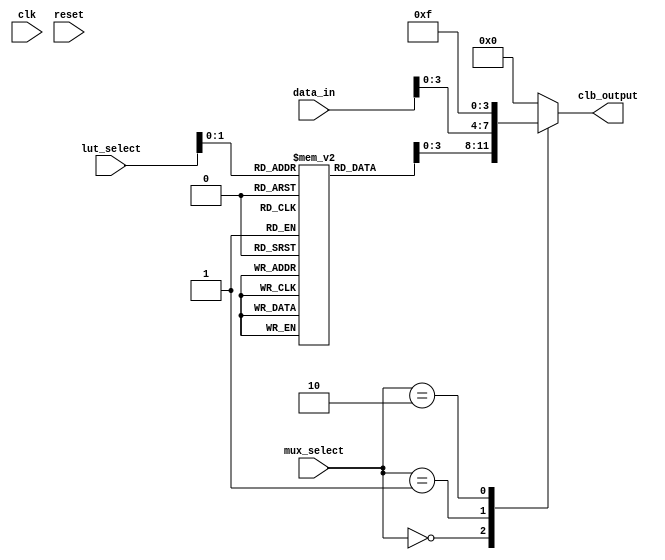
module CLB (
    input wire [7:0] data_in,         // 8-bit input data
    input wire [3:0] lut_select,      // Select which LUT to use
    input wire [3:0] mux_select,      // MUX select for output
    input wire clk,                    // Clock signal for global control
    input wire reset,                  // Reset signal
    output wire [3:0] clb_output       // 4-bit output from the CLB
);

// LUTs (4 LUTs in this example)
reg [15:0] lut [0:3]; // Each LUT can implement a 4-input function (16 possible outputs)

// Initialize LUTs with example functions
initial begin
    // Example LUT configurations (truth tables)
    lut[0] = 16'b0000000000000000; // Function: 0
    lut[1] = 16'b0000000000001111; // Function: A AND B
    lut[2] = 16'b0000000000111111; // Function: A OR B
    lut[3] = 16'b0000000001000001; // Function: A XOR B
end

// MUX for selecting LUT outputs
wire [3:0] lut_output;
assign lut_output = lut[lut_select];

// MUX for final output selection
reg [3:0] final_output;
always @(*) begin
    case (mux_select)
        2'b00: final_output = lut_output; // Output from selected LUT
        2'b01: final_output = data_in[3:0]; // Direct input
        2'b10: final_output = 4'b1111; // Constant high
        2'b11: final_output = 4'b0000; // Constant low
        default: final_output = 4'b0000; // Default case
    endcase
end

// Feedback mechanism (example: feedback from output to LUT)
wire [3:0] feedback;
assign feedback = final_output;

// Output assignment
assign clb_output = final_output;

// Reset logic (optional, for power management)
always @(posedge clk or posedge reset) begin
    if (reset) begin
        // Reset logic can be implemented here if needed
    end
end

endmodule